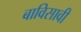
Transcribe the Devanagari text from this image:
बाविसावी